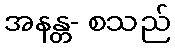
အနန္တ- စသည်